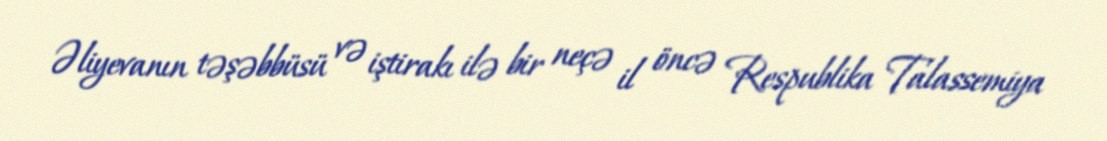
Əliyevanın təşəbbüsü və iştirakı ilə bir neçə il öncə Respublika Talassemiya